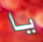
يا